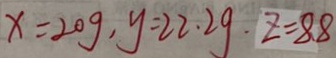
x = 2 0 g , y = 2 2 . 2 g \cdot z = 8 . 8